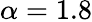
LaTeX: \alpha=1.8